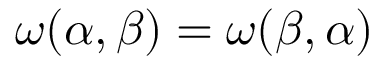
\omega ( \alpha , \beta ) = \omega ( \beta , \alpha )